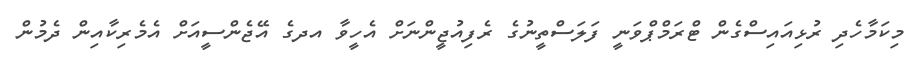
މިކަމާހެދި ރުޅިއައިސްގެން ޓްރަމްޕްވަނީ ފަލަސްތީނުގެ ރެފިއުޖީންނަށް އެހީވާ އދގެ އޭޖެންސީއަށް އެމެރިކާއިން ދެމުން